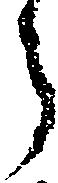
う